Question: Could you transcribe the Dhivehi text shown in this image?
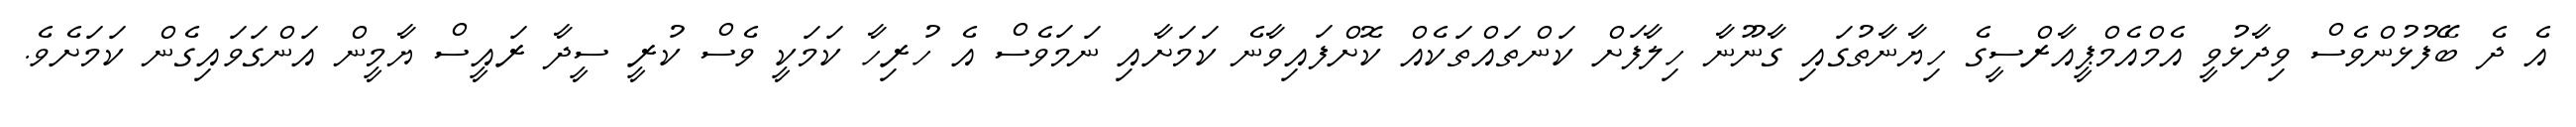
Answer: އެ ދެ ބޭފުޅުންވެސް ވިދާޅުވީ އެމްއެމްޕީއާރްސީގެ ހިޔާނާތުގައި ގާނޫނާ ހިލާފަށް ކަންތައްތަކެއް ކޮށްފައިވާނެ ކަމަށާއި ނަމަވެސް އެ ހުރިހާ ކަމަކީ ވެސް ކުރީ ސީދާ ރައީސް ޔާމީން އަންގަވައިގެން ކަމަށެވެ.